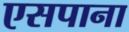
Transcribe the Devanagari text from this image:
एसपाना